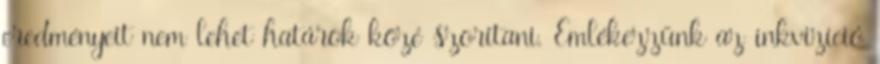
eredményeit nem lehet határok közé szorítani. Emlékezzünk az inkvizíció